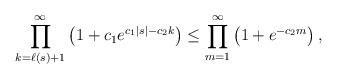
LaTeX: \begin{align*} \prod_{k=\ell(s)+1}^\infty \left( 1 + c_1e^{c_1|s|-c_2k} \right) \leq \prod_{m=1}^\infty \left( 1 + e^{-c_2m}\right),\end{align*}